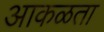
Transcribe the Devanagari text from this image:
आकळता